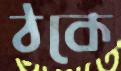
ঠকে